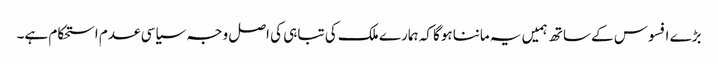
بڑے افسوس کے ساتھ ہمیں یہ ماننا ہوگا کہ ہمارے ملک کی تباہی کی اصل وجہ سیاسی عدم استحکام ہے۔